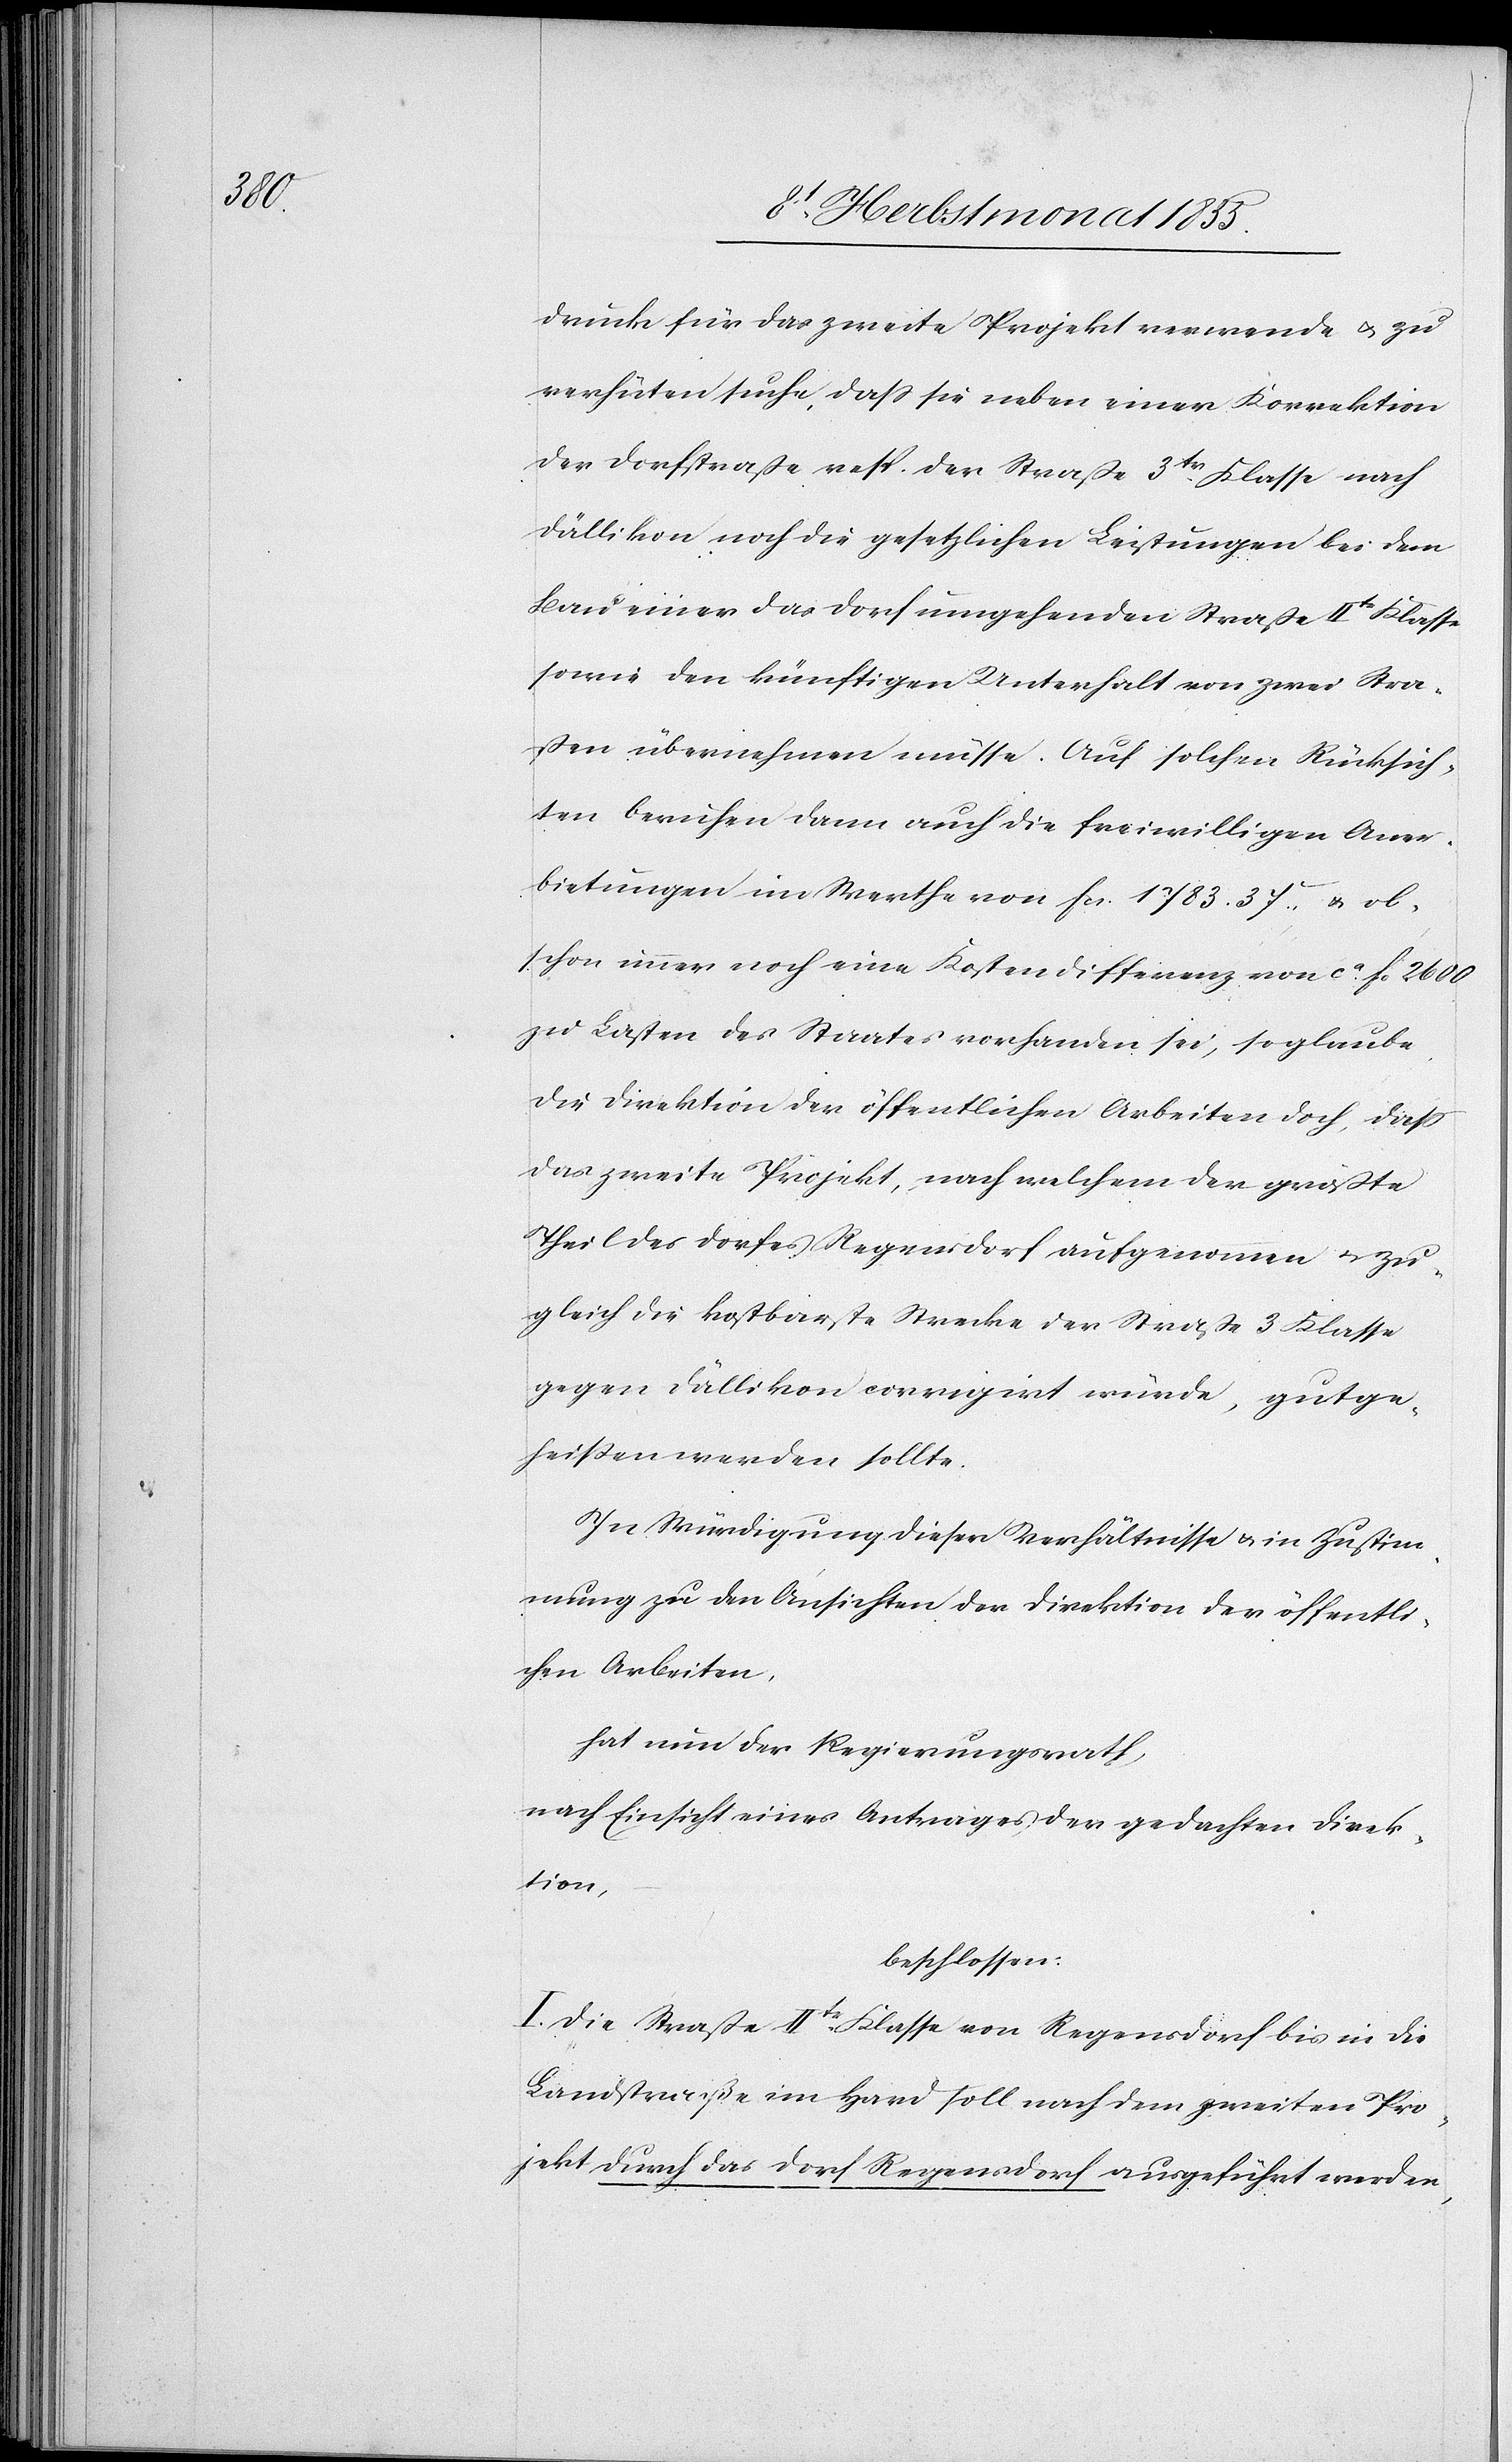
druck für das zweite Projekt verwende & zu
verhüten suche, dass sie neben einer Korrektion
der Dorfstraße resp. der Straße 3tr. Klasse nach
Dällikon noch die gesetzlichen Leistungen bei dem
Bau einer das Dorf umgehenden Straße IItr Klasse
sowie den künftigen Unterhalt von zwei Stra¬
ßen übernehmen müsse. Auf solchen Rücksich¬
ten beruhen dann auch die freiwilligen Aner¬
bietungen im Werthe von Fcs. 1783. 37c. & ob¬
schon immer noch eine Kostendifferenz von ca. F[?c] 2600
zu Lasten des Staates vorhanden sei, so glaube
die Direktion der öffentlichen Arbeiten doch, dass
das zweite Projekt, nach welchem der größte
Theil des Dorfes Regensdorf aufgenommen & zu¬
gleich die kostbarste Strecke der Straße 3 Klasse
gegen Dällikon corrigirt würde, gutge¬
heißen werden sollte.
In Würdigung dieser Verhältnisse & in Zustim¬
mung zu den Ansichten der Direktion der öffentli¬
chen Arbeiten,
hat nun der Regierungsrath,
nach Einsicht eines Antrages der gedachten Direk¬
tion,
beschlossen:
I. Die Straße IItr. Klasse von Regensdorf bis in die
Landstraße im Hard soll nach dem zweiten Pro¬
jekt durch das Dorf Regensdorf ausgeführt werden,